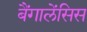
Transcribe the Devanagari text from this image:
बैंगालेंसिस